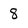
Character: 8